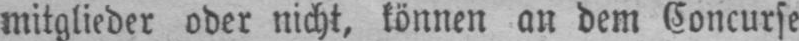
mitglieder oder nicht, können an dem Concurse